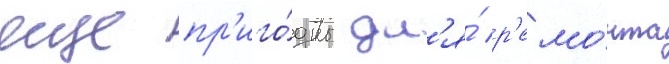
еще пр'иго́дны дл'я́ р'емо́нта